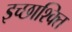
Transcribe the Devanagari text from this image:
इच्छाश्क्ति